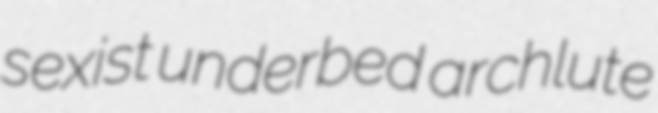
sexist underbed archlute